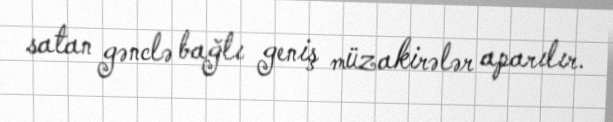
satan gənclə bağlı geniş müzakirələr aparılır.